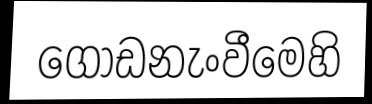
ගොඩනැංවීමෙහි